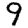
Digit: 9